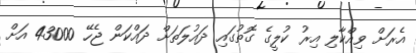
އެރަށް ވިއްކާލި އިރު ކުލީގެ ގޮތުގައި ދައުލަތަށް ދައްކަން ޖެހޭ 43000 އަށް